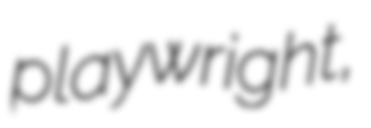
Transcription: playwright,